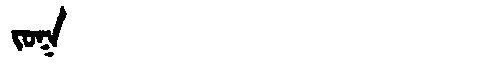
Manchu: ᠵᠣᡴ
Romanization: JOK